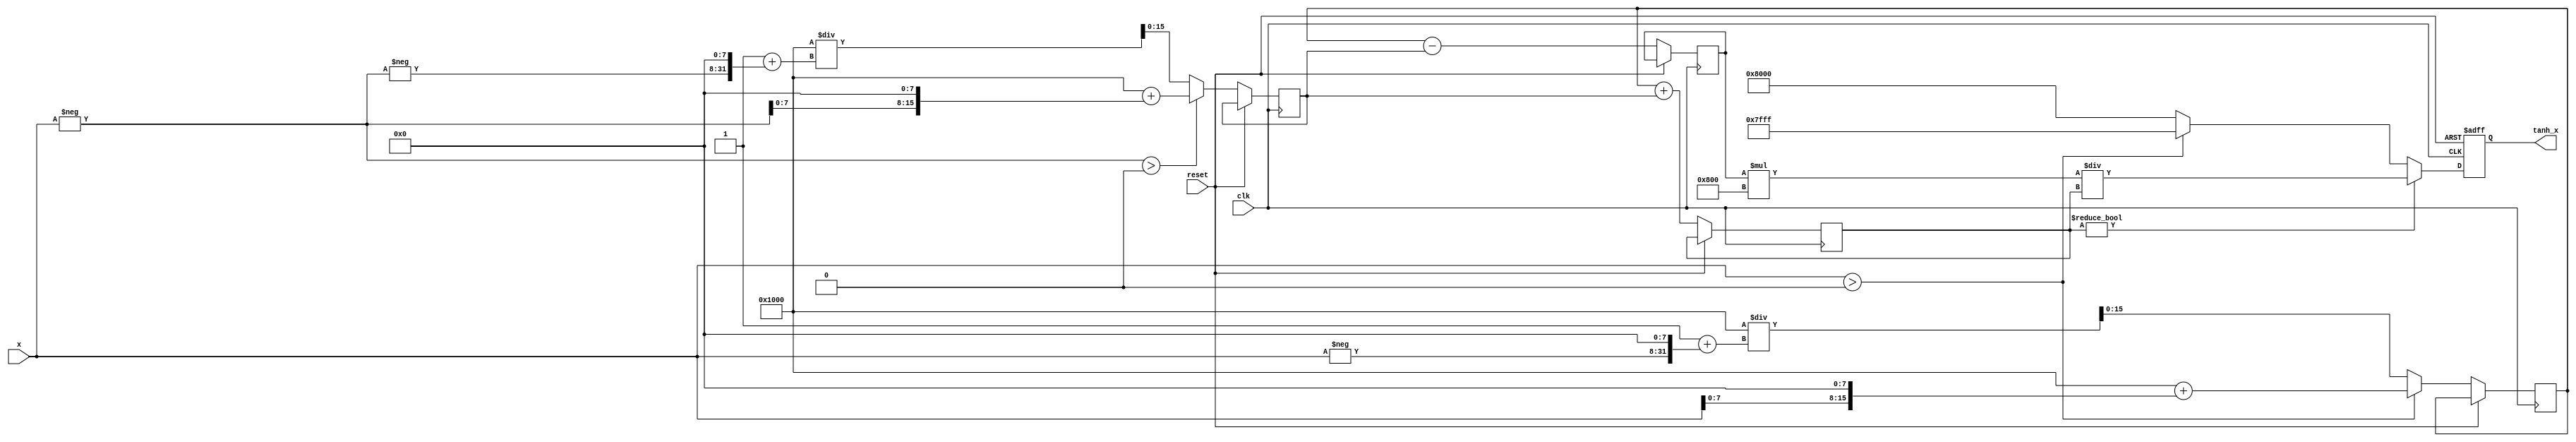
module tanh_block (
    input  wire        clk,
    input  wire        reset,
    input  wire [15:0] x,          // Input value (fixed-point format)
    output reg  [15:0] tanh_x      // Output value (fixed-point format)
);

    reg [15:0] exp_x;     // e^x
    reg [15:0] exp_neg_x; // e^-x
    reg [15:0] num;       // e^x - e^-x
    reg [15:0] den;       // e^x + e^-x

    // Exponential approximation using a simple method (e.g., Taylor series)
    // Note: This is a placeholder for a proper exp implementation.
    function [15:0] exp_function;
        input [15:0] a;
        begin
            // Simple linear approximation for example purposes
            exp_function = (a > 0) ? (16'h1000 + (a << 8)) : (16'h1000 / (1 + (-a << 8)));
        end
    endfunction

    // Calculate tanh in a synchronous process
    always @(posedge clk or posedge reset) begin
        if (reset) begin
            tanh_x <= 16'h0000; // Initial state
        end else begin
            // Calculate e^x and e^-x
            exp_x <= exp_function(x);
            exp_neg_x <= exp_function(-x);

            // Calculate numerator: e^x - e^-x
            num <= exp_x - exp_neg_x;
            // Calculate denominator: e^x + e^-x
            den <= exp_x + exp_neg_x;

            // Division with saturation logic for tanh
            if (den != 0) begin
                // Calculate tanh value
                tanh_x <= (num * 16'h0800) / den; // 16'h0800 to scale
            end else begin
                tanh_x <= (x > 0) ? 16'h7FFF : 16'h8000; // Saturate to 1 or -1
            end
        end
    end

endmodule